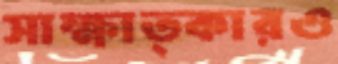
সাক্ষাত্কারও